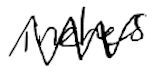
Text: inches
Cross-out: zig-zag
Writing tool: digital_black